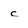
Character: c